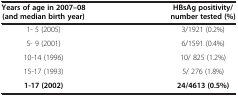
<table><thead><tr><td><b>Years of age in 2007–08 (and median birth year)</b></td><td><b>HBsAg positivity/number tested (%)</b></td></tr></thead><tbody><tr><td>1- 5 (2005)</td><td>3/1921 (0.2%)</td></tr><tr><td>5- 9 (2001)</td><td>6/1591 (0.4%)</td></tr><tr><td>10-14 (1996)</td><td>10/ 825 (1.2%)</td></tr><tr><td>15-17 (1993)</td><td>5/ 276 (1.8%)</td></tr><tr><td><b>1-17 (2002)</b></td><td><b>24/4613 (0.5%)</b></td></tr></tbody></table>